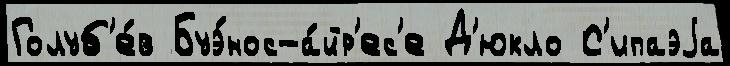
Голуб'е́в Буэ́нос-а́йр'ес'е Д'юкло С'ипаэjа